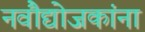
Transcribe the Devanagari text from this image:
नवौद्योजकांना